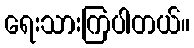
ရေးသားကြပါတယ်။